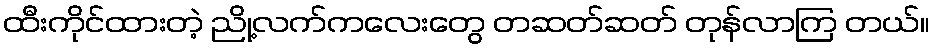
ထီးကိုင်ထားတဲ့ ညို့လက်ကလေးတွေ တဆတ်ဆတ် တုန်လာကြ တယ်။